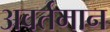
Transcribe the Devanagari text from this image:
अवर्तमान